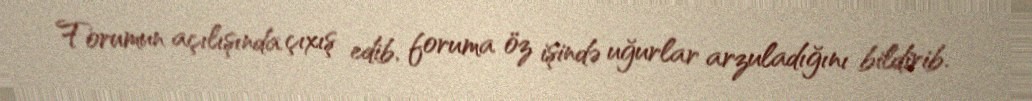
Forumun açılışında çıxış edib, foruma öz işində uğurlar arzuladığını bildirib.